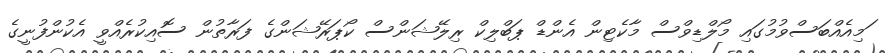
ަމިއެއްބަސްވުމުގައި މޯލްޑިވްސް މާކެޓިން އެންޑް ޕަބްލިކް ރިލޭޝަންސް ކޯޕަރޭޝަންގެ ފަރާތުން ސޮއިކުރެއްވީ އެކުންފުނީގެ